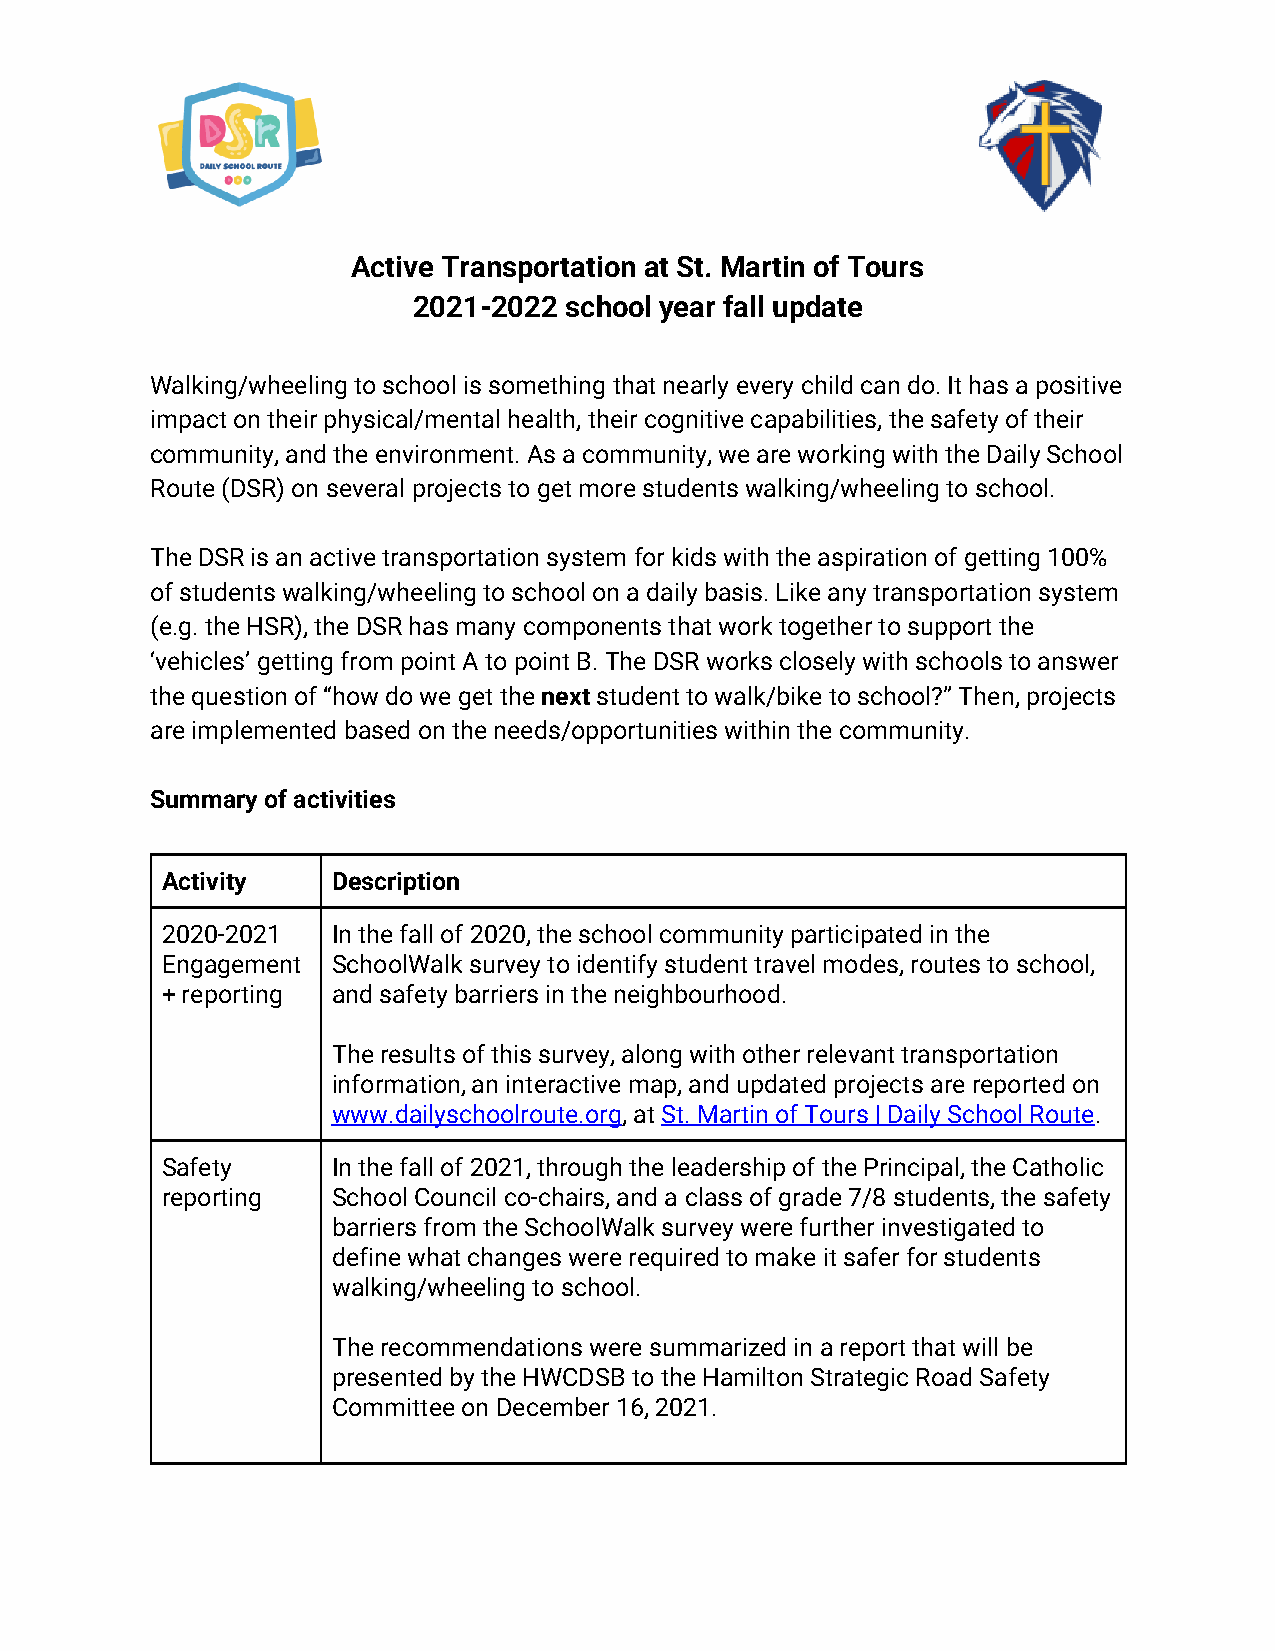
Active Transportation at St. Martin of Tours
 2021-2022 school year fall update
 Walking/wheeling to school is something that nearly every child can do. It has a positive
 impact on their physical/mental health, their cognitive capabilities, the safety of their
 community, and the environment. As a community, we are working with the Daily School
 Route (DSR) on several projects to get more students walking/wheeling to school.
 The DSR is an active transportation system for kids with the aspiration of getting 100%
 of students walking/wheeling to school on a daily basis. Like any transportation system
 (e.g. the HSR), the DSR has many components that work together to support the
 ‘vehicles’ getting from point A to point B. The DSR works closely with schools to answer
 the question of “how do we get the next student to walk/bike to school?” Then, projects
 are implemented based on the needs/opportunities within the community.
 Summary of activities
 Activity   Description
 2020-2021  In the fall of 2020, the school community participated in the
 Engagement SchoolWalk survey to identify student travel modes, routes to school,
 + reporting and safety barriers in the neighbourhood.
 The results of this survey, along with other relevant transportation
 information, an interactive map, and updated projects are reported on
 www.dailyschoolroute.org, at St. Martin of Tours | Daily School Route.
 Safety     In the fall of 2021, through the leadership of the Principal, the Catholic
 reporting  School Council co-chairs, and a class of grade 7/8 students, the safety
 barriers from the SchoolWalk survey were further investigated to
 define what changes were required to make it safer for students
 walking/wheeling to school.
 The recommendations were summarized in a report that will be
 presented by the HWCDSB to the Hamilton Strategic Road Safety
 Committee on December 16, 2021.